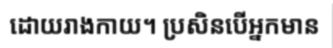
ដោយរាងកាយ។ ប្រសិនបើអ្នកមាន